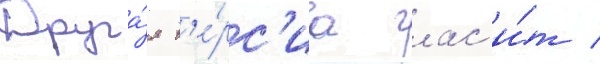
Друга́я в'е́рс'иа глас'и́т /